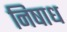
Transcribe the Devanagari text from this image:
निषाध